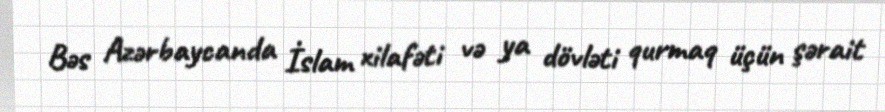
Bəs Azərbaycanda İslam xilafəti və ya dövləti qurmaq üçün şərait